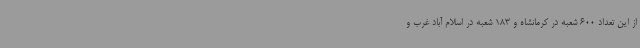
از این تعداد 600 شعبه در کرمانشاه و 183 شعبه در اسلام آباد غرب و